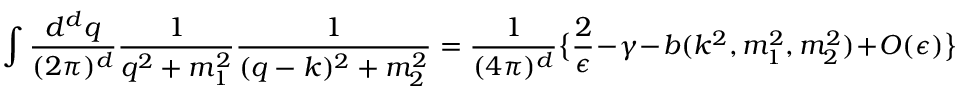
\int { \frac { d ^ { d } q } { ( 2 \pi ) ^ { d } } } { \frac { 1 } { q ^ { 2 } + m _ { 1 } ^ { 2 } } } { \frac { 1 } { ( q - k ) ^ { 2 } + m _ { 2 } ^ { 2 } } } = { \frac { 1 } { ( 4 \pi ) ^ { d } } } \big \{ { \frac { 2 } { \epsilon } } - \gamma - b ( k ^ { 2 } , m _ { 1 } ^ { 2 } , m _ { 2 } ^ { 2 } ) + { \cal O } ( \epsilon ) \big \}